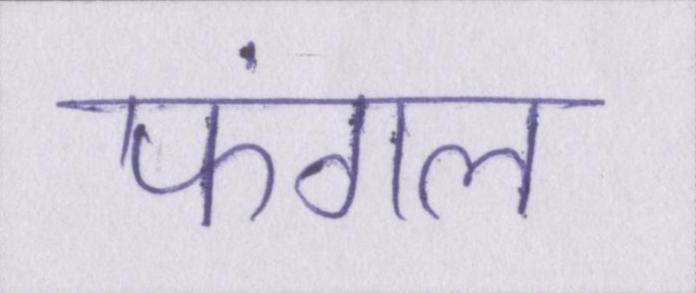
फंगल